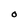
Character: O